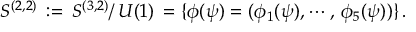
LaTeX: S ^ { ( 2 , 2 ) } \, : = \, S ^ { ( 3 , 2 ) } / \, U ( 1 ) \, = \{ \phi ( \psi ) = ( \phi _ { 1 } ( \psi ) , \cdots , \, \phi _ { 5 } ( \psi ) ) \} \, .